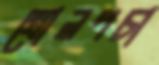
খোলপচা